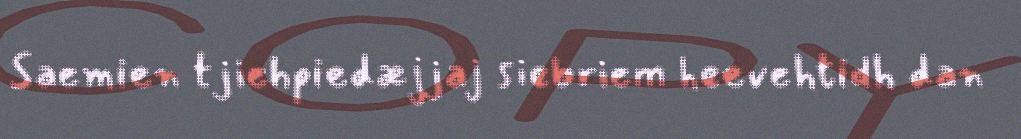
Saemien tjiehpiedæjjaj siebriem heevehtidh dan